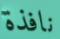
نافذة